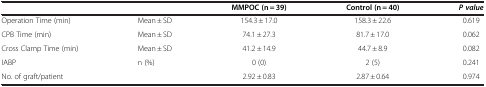
<table><thead><tr><td><b> </b></td><td><b> </b></td><td><b>MMPOC(n = 39)</b></td><td><b>Control(n = 40)</b></td><td><b><i>P value</i></b></td></tr></thead><tbody><tr><td>Operation Time (min)</td><td>Mean ± SD</td><td>154.3 ± 17.0</td><td>158.3 ± 22.6</td><td>0.619</td></tr><tr><td>CPB Time (min)</td><td>Mean ± SD</td><td>74.1 ± 27.3</td><td>81.7 ± 17.0</td><td>0.062</td></tr><tr><td>Cross Clamp Time (min)</td><td>Mean ± SD</td><td>41.2 ± 14.9</td><td>44.7 ± 8.9</td><td>0.082</td></tr><tr><td>IABP</td><td>n (%)</td><td>0 (0)</td><td>2 (5)</td><td>0.241</td></tr><tr><td>No. of graft/patient</td><td> </td><td>2.92 ± 0.83</td><td>2.87 ± 0.64</td><td>0.974</td></tr></tbody></table>